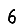
Digit: 6